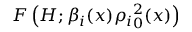
F \left( H ; \beta _ { i } ( x ) { \rho _ { i } } _ { 0 } ^ { 2 } ( x ) \right)